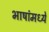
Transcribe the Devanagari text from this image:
भाषांमध्‍ये